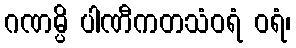
ဂဏမ္ပိ ပါဏီကတသံဝရံ ဝရံ၊